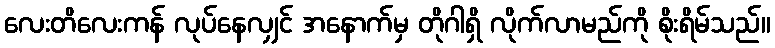
လေးတိလေးကန် လုပ်နေလျှင် အနောက်မှ တိုဂါရှိ လိုက်လာမည်ကို စိုးရိမ်သည်။